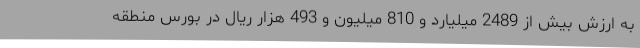
به ارزش بیش از 2489 میلیارد و 810 میلیون و 493 هزار ریال در بورس منطقه